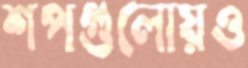
শপগুলোয়ও